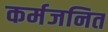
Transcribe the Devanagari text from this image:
कर्मजनित